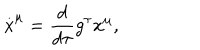
LaTeX: \stackrel { . } { x } ^ { \mu } = \frac { d } { d \tau } g ^ { \tau } x ^ { \mu } ,